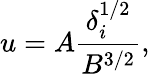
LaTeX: u=A\frac{\delta_{i}^{1/2}}{B^{3/2}},